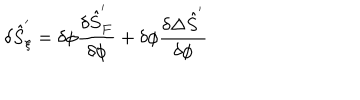
\delta { \hat { S } } _ { \xi } ^ { ' } = \delta \phi \frac { \delta { \hat { S } } _ { F } ^ { ' } } { \delta \phi } + \delta \phi \frac { \delta \Delta { \hat { S } } ^ { ' } } { \delta \phi }